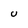
Character: U